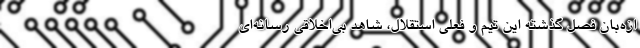
ازه‌بان فصل گذشته این تیم و فعلی استقلال، شاهد بی‌اخلاقی رسانه‌ای